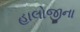
હાલોજીના